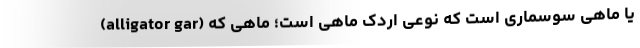
(alligator gar) یا ماهی سوسماری است که نوعی اردک ماهی است؛ ماهی که